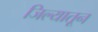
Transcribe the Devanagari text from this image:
जिल्यातून